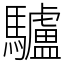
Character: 驢